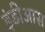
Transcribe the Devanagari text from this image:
इंडीआस